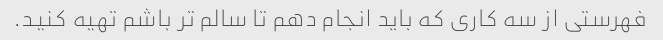
فهرستی از سه کاری که باید انجام دهم تا سالم تر باشم تهیه کنید.